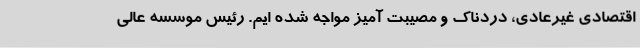
اقتصادی غیرعادی، دردناک و مصیبت آمیز مواجه شده ایم. رئیس موسسه عالی